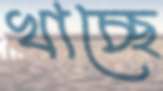
খাচ্ছে